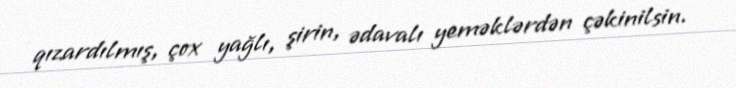
qızardılmış, çox yağlı, şirin, ədavalı yeməklərdən çəkinilsin.